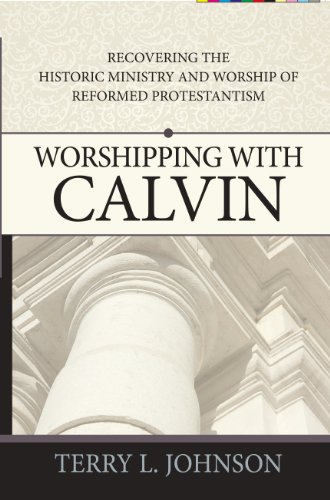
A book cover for Worshipping with Calvin; Terry Johnson; Christian Books & Bibles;